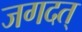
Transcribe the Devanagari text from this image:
जगदत्